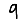
Digit: 9